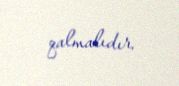
qalmalıdır.